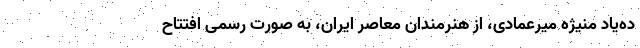
ده‌یاد منیژه میرعمادی، از هنرمندان معاصر ایران، به صورت رسمی افتتاح